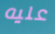
عليه